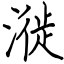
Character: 漇